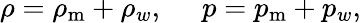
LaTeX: \rho=\rho_{\mathrm{m}}+\rho_{w},\, \quad\, p=p_{\mathrm{m}}+p_{w},